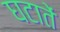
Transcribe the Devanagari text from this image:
घटातें